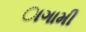
ાગામી